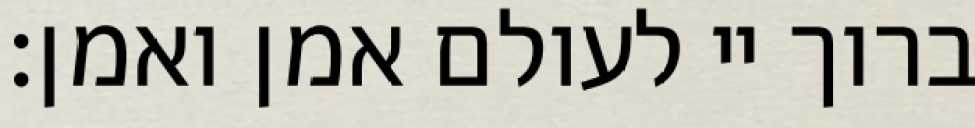
ברוך יי לעולם אמן ואמן: